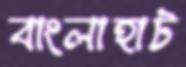
বাংলাহাট